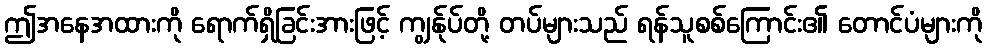
ဤအနေအထားကို ရောက်ရှိခြင်းအားဖြင့် ကျွန်ုပ်တို့ တပ်များသည် ရန်သူစစ်ကြောင်း၏ တောင်ပံများကို